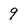
Character: 9